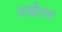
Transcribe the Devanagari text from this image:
दखेला